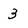
Character: 3